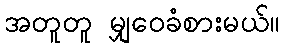
အတူတူ မျှဝေခံစားမယ်။